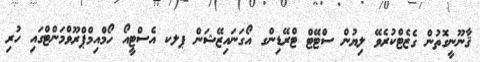
ޤާނޫނީގޮތުން ގެޒެޓްކުރެވޭ ލިޔުން ސްޓޭޓް ޓްރޭޑިންގ އޯގަނައިޒޭޝަން ޕލކ އެސްޓީއޯ ހޯމްއިމްޕްރޫވްމަންޓްގައި ހުރި